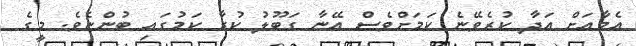
އެމާއަށް އަދާ ކުރެވޭނެ ކަމަށްވެސް އޭނާ ގަބޫލު ކުރާ ކަމުގައި ބުންޏެވެ. މީގެ